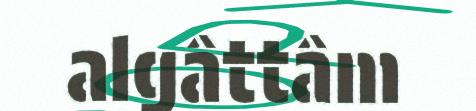
algâttâm